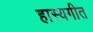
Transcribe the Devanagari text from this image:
हास्यगीत